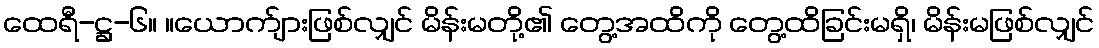
ထေရီ-ဋ္ဌ-၆။ ။ယောက်ျားဖြစ်လျှင် မိန်းမတို့၏ တွေ့အထိကို တွေ့ထိခြင်းမရှိ၊ မိန်းမဖြစ်လျှင်